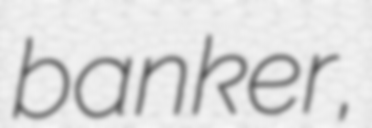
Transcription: banker,